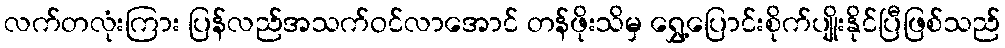
လက်တလုံးကြား ပြန်လည်အသက်ဝင်လာအောင် တန်ဖိုးသိမှ ရွှေ့ပြောင်းစိုက်ပျိုးနိုင်ပြီဖြစ်သည်